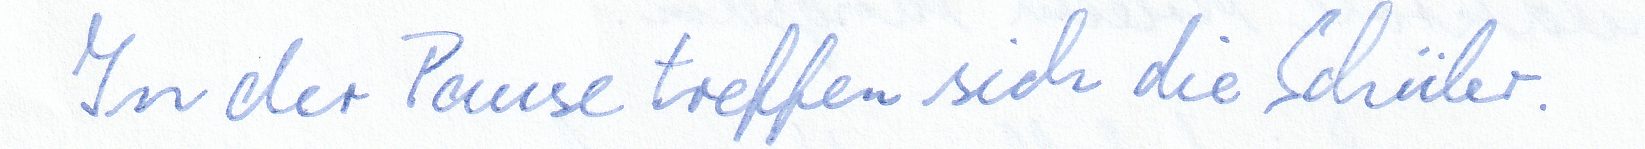
In der Pause treffen sich die Schüler.